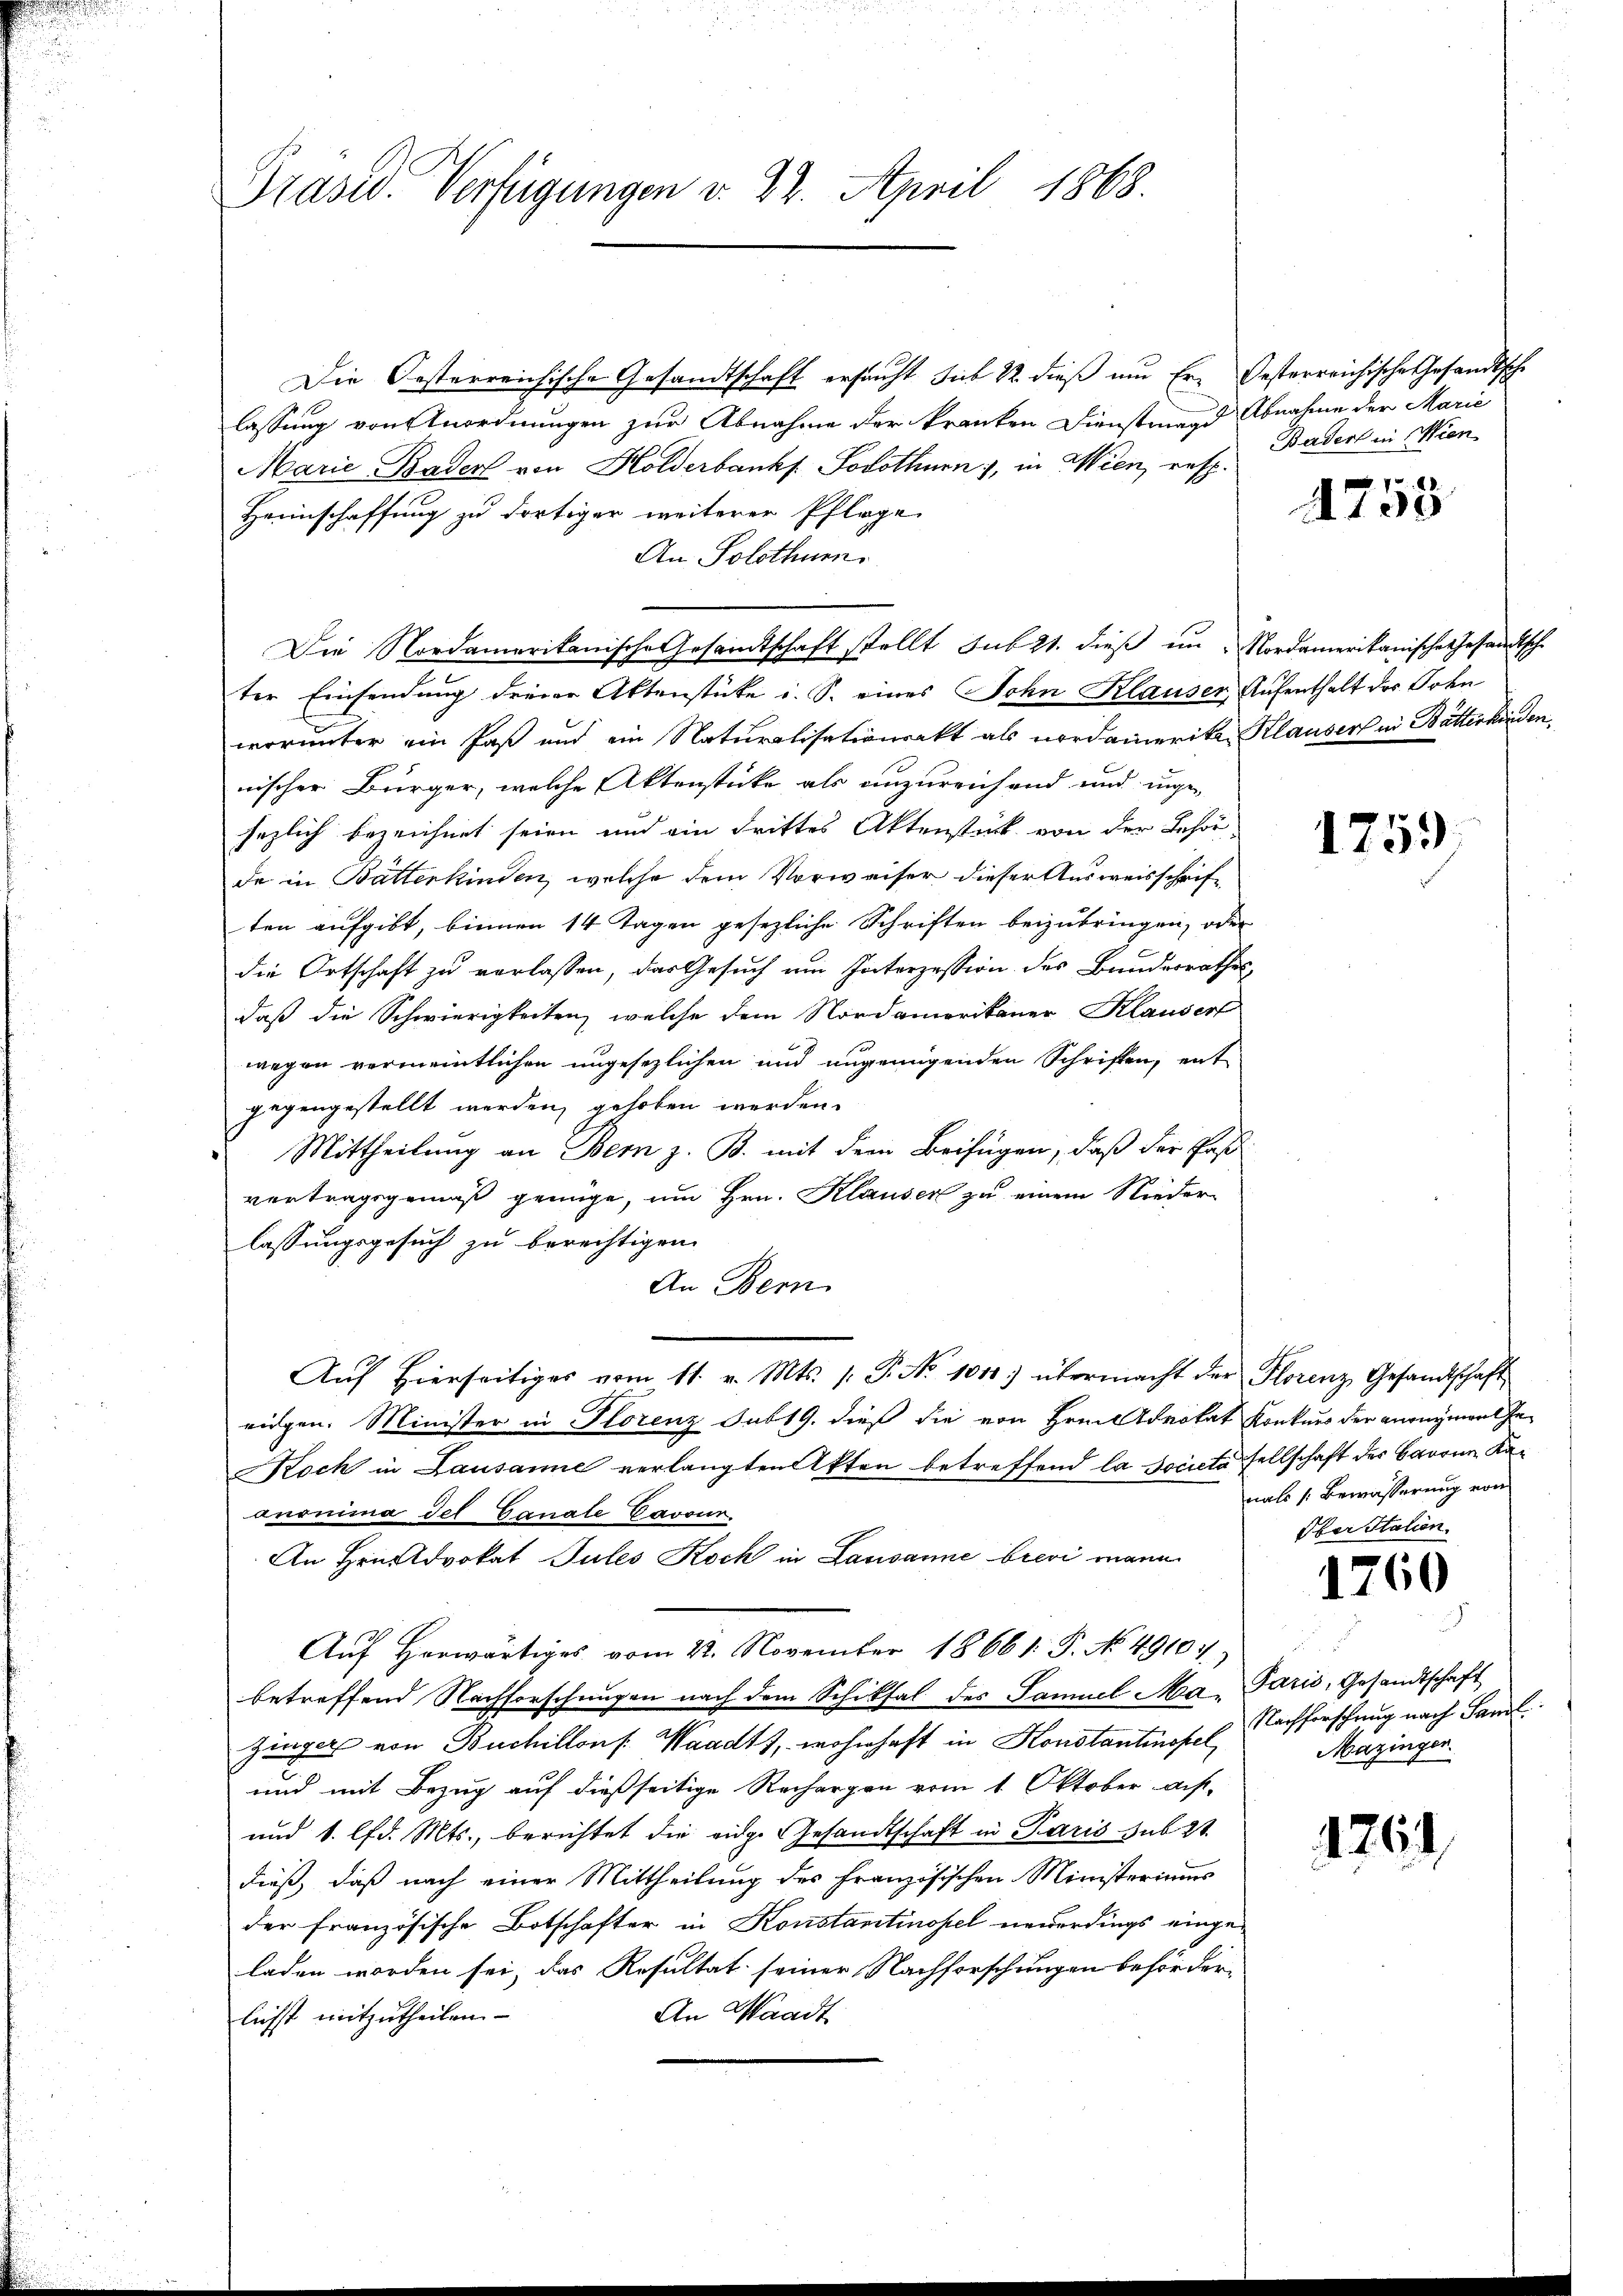
Präsid. Verfügungen v. 22. April 1868.

Die Oesterreichische Gesandtschaft ersucht sub 22. dieß um Er. Oesterreichische Gesandtsche
lassung von Anordnungen zur Abnahme der kranken Dienstmagd Abnahme der Marie
Marie Bader von Holderbank. Solothurn), in Wien, resp.
Heimschaffung zu dortiger weiterer Pflage
An Solothum.
Die Nordamerikanische Gesamtschaft stellt sub 21. dieß in Nordamerikanische Gesandtsche
ter Einsendung dreier Aktenstücke i. S. eines Sohn Klauser, Aufenthalt des Sohn
worunter ein Paß und ein Naturalisationsakt als nordamerika Klausers in Bätterkinden
nischer Bürger, welche Aktenstücke als anzureichend und unge-
hezlich bezeichnet seien und ein drittes Aktenstück von der Behör-
de in Batterkinden, welche dem Vorweiser dieser Ausweisschriften aufgibt, binnen 14 Tagen gesezliche Schriften beizubringen, oder
die Ortschaft zu verlassen, das Gesuch um Interzession des Bundesrathes
daß die Schwierigkeiten, welche dem Nordamerikaner Klausert
wegen vermeintlichen ungesezlichen und ungenügenden Schriften, entgegengestellt werden, gehoben werden.
Mittheilung an Bern z. B. mit dem Beifügen, daß der Paß
vertragsgemäß genüge, um Hrn. Klauser zu einem Nieder-
lassungsgesuch zu berechtigen.
An Bern
Aŭf hierseitiges vom 11. v. Mts. /: P. No 1011) übermacht der Florenz Gesandtschaft
ridgen. Minister in Florenz sub 19. dieß die von Hrn. Advokat Konkurs der anregment ge¬
Koch in Lausanie verlangten Akten betreffend la societa sellschaft des Baron Kadnanima del Canale Cavour.
An Hrn. Advokat Sules Koch in Lausanne brevi mann
Auf Horwärtiges vom 22. November 18661. P. No. 49107)
betreffend Nachforschungen nach dem Schiksal des Samuel Ma-Paris, Gesandtschaft
hinger von Buchillons Waadt, wohnhaft in Konstantinopel
und mit Bezug auf dießseitige Rechargen vom 1. Oktober aus-
und 1. lfd. Mts., berichtet die eidge Gesandtschaft in Paris sub 21.
dieß, daß nach einer Mittheilung des französischen Ministeriums
der französische Botschafter in Konstantinopel neuerdings eingeladen worden sei, das Resultat seiner Nachforschungen beförder-
An Waadt
lichst mitzutheilen.

Bader in Wien

e
A103

1759

nahs /: Bewässerung von
Ober Station

1760

Nachforschung nach Saml
Mazinger.

176